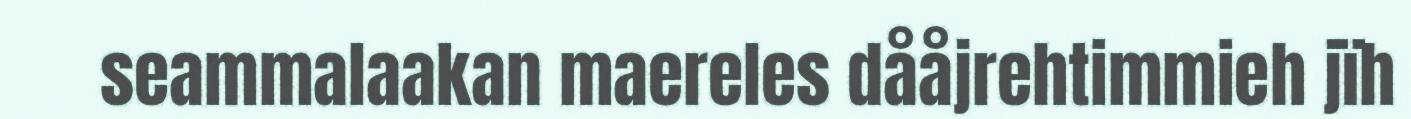
seammalaakan maereles dååjrehtimmieh jïh